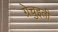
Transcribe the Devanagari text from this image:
ग्रेचुइती